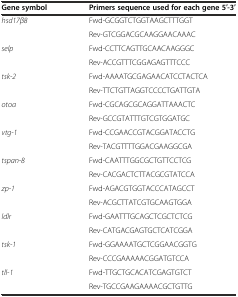
| Gene symbol | Primers sequence used for each gene 5′-3′ |
 | --- | --- |
 | <ROWSPAN=2> hsd17β8 | Fwd-GCGGTCTGGTAAGCTTTGGT |
 | Rev-GTCGGACGCAAGGAACAAAC |
 | <ROWSPAN=2> selp | Fwd-CCTTCAGTTGCAACAAGGGC |
 | Rev-ACCGTTTCGGAGAGTTTCCC |
 | <ROWSPAN=2> tsk-2 | Fwd-AAAATGCGAGAACATCCTACTCA |
 | Rev-TTCTGTTAGGTCCCCTGATTGTA |
 | <ROWSPAN=2> otoa | Fwd-CGCAGCGCAGGATTAAACTC |
 | Rev-GCCGTATTTGTCGTGGATGC |
 | <ROWSPAN=2> vtg-1 | Fwd-CCGAACCGTACGGATACCTG |
 | Rev-TACGTTTTGGACGAAGGCGA |
 | <ROWSPAN=2> tspan-8 | Fwd-CAATTTGGCGCTGTTCCTCG |
 | Rev-CACGACTCTTACGCGTATCCA |
 | <ROWSPAN=2> zp-1 | Fwd-AGACGTGGTACCCATAGCCT |
 | Rev-ACGCTTATCGTGCAAGTGGA |
 | <ROWSPAN=2> ldlr | Fwd-GAATTTGCAGCTCGCTCTCG |
 | Rev-CATGACGAGTGCTCATCGGA |
 | <ROWSPAN=2> tsk-1 | Fwd-GGAAAATGCTCGGAACGGTG |
 | Rev-CCCGAAAAACGGATGTCCA |
 | tll-1 | Fwd-TTGCTGCACATCGAGTGTCT |
 |  | Rev-TGCCGAAGAAAACGCTGTTG |